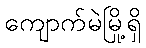
ကျောက်မဲမြို့ရှိ